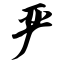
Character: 严